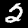
Label: 2